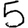
Digit: 5